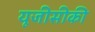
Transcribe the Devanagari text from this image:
यूजीसीकी